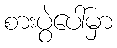
စားပွဲပေါ်မှာ